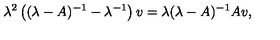
\lambda ^ { 2 } \left( ( \lambda - A ) ^ { - 1 } - \lambda ^ { - 1 } \right) v = \lambda ( \lambda - A ) ^ { - 1 } A v ,